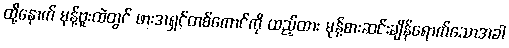
ထို့နောက် မုန့်ဗူးထဲတွင် ဖားအရှင်တစ်ကောင်ကို ထည့်ထား မုန့်စားဆင်းချိန်ရောက်သောအခါ